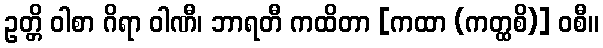
ဥတ္တိ ဝါစာ ဂိရာ ဝါဏီ၊ ဘာရတီ ကထိတာ [ကထာ (ကတ္ထစိ)] ဝစီ။